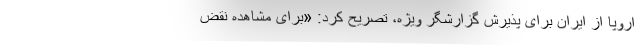
اروپا از ایران برای پذیرش گزارشگر ویژه، تصریح کرد: «برای مشاهده نقض